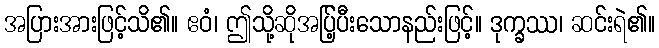
အပြားအားဖြင့်သိ၏။ ဧဝံ၊ ဤသို့ဆိုအပ်ြ့ပီးသောနည်းဖြင့်။ ဒုက္ခဿ၊ ဆင်းရဲ၏။